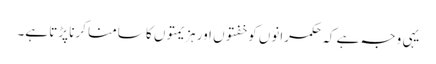
یہی وجہ ہے کہ حکمرانوں کو خفتوں اور ہزیمتوں کا سامنا کرنا پڑتا ہے۔